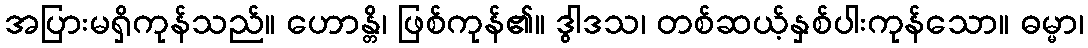
အပြားမရှိကုန်သည်။ ဟောန္တိ၊ ဖြစ်ကုန်၏။ ဒွါဒသ၊ တစ်ဆယ့်နှစ်ပါးကုန်သော။ ဓမ္မာ၊